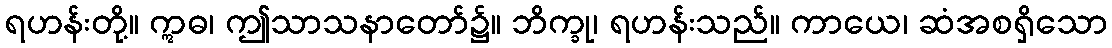
ရဟန်းတို့။ ဣဓ၊ ဤသာသနာတော်၌။ ဘိက္ခု၊ ရဟန်းသည်။ ကာယေ၊ ဆံအစရှိသော